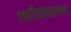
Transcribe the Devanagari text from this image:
शरीरबळावर